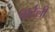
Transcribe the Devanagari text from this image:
बार्टली